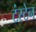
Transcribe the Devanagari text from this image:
टंस्टेन